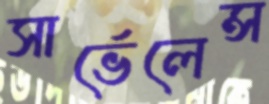
সার্ভেলেন্স